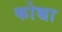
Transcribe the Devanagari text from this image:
कोच्चा